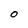
Character: O